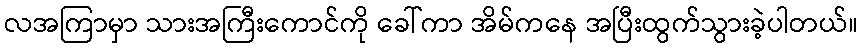
လအကြာမှာ သားအကြီးကောင်ကို ခေါ်ကာ အိမ်ကနေ အပြီးထွက်သွားခဲ့ပါတယ်။